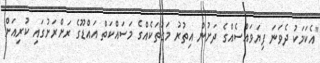
"އެކަމަކު ދެވަނަ ފިޔަވައްސެއްގެ ދަށުން އިތުރު މަގުތަކެއްގެ މަސައްކަތް އައްޑޫގެ ރަށްރަށުގައި ކުރިއަށް